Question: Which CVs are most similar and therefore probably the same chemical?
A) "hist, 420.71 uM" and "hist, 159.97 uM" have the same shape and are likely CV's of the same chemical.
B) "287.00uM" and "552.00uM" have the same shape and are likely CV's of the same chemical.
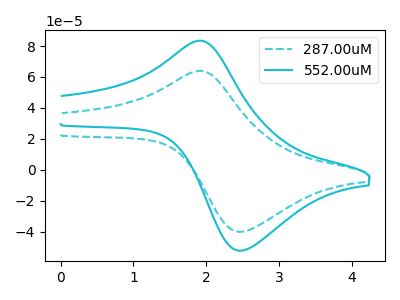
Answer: <think>The cyan dashed curve "287.00uM" has an anodic peak at (1.90V, 63.90uA) and a cathodic peak at (2.50V, -40.05uA). The cyan curve "552.00uM" has an anodic peak at (1.90V, 83.40uA) and a cathodic peak at (2.50V, -52.30uA).
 All the peaks in "287.00uM" have a peak in "552.00uM" at the same potential. Every peak in "287.00uM" is lower than every peak in "552.00uM".</think>
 <answer>B) "287.00uM" and "552.00uM" have the same shape and are likely CV's of the same chemical.</answer>
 <eval>B</eval>